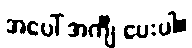
အပေါ် အင်္ကျီ ပေးပါ။